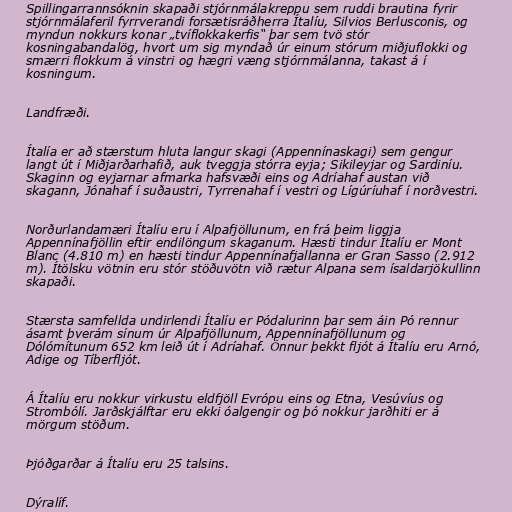
Spillingarrannsóknin skapaði stjórnmálakreppu sem ruddi brautina fyrir
stjórnmálaferil fyrrverandi forsætisráðherra Ítalíu, Silvios Berlusconis, og
myndun nokkurs konar „tvíflokkakerfis“ þar sem tvö stór
kosningabandalög, hvort um sig myndað úr einum stórum miðjuflokki og
smærri flokkum á vinstri og hægri væng stjórnmálanna, takast á í
kosningum.

Landfræði.

Ítalía er að stærstum hluta langur skagi (Appennínaskagi) sem gengur
langt út í Miðjarðarhafið, auk tveggja stórra eyja; Sikileyjar og Sardiníu.
Skaginn og eyjarnar afmarka hafsvæði eins og Adríahaf austan við
skagann, Jónahaf í suðaustri, Tyrrenahaf í vestri og Lígúríuhaf í norðvestri.

Norðurlandamæri Ítalíu eru í Alpafjöllunum, en frá þeim liggja
Appennínafjöllin eftir endilöngum skaganum. Hæsti tindur Ítalíu er Mont
Blanc (4.810 m) en hæsti tindur Appennínafjallanna er Gran Sasso (2.912
m). Ítölsku vötnin eru stór stöðuvötn við rætur Alpana sem ísaldarjökullinn
skapaði.

Stærsta samfellda undirlendi Ítalíu er Pódalurinn þar sem áin Pó rennur
ásamt þverám sínum úr Alpafjöllunum, Appennínafjöllunum og
Dólómítunum 652 km leið út í Adríahaf. Önnur þekkt fljót á Ítalíu eru Arnó,
Adige og Tíberfljót.

Á Ítalíu eru nokkur virkustu eldfjöll Evrópu eins og Etna, Vesúvíus og
Strombólí. Jarðskjálftar eru ekki óalgengir og þó nokkur jarðhiti er á
mörgum stöðum.

Þjóðgarðar á Ítalíu eru 25 talsins.

Dýralíf.